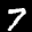
Label: 7